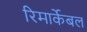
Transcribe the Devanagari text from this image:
रिमार्केबल